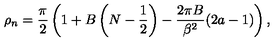
\rho _ { n } = \frac { \pi } { 2 } \left( 1 + B \left( N - \frac { 1 } { 2 } \right) - \frac { 2 \pi B } { \beta ^ { 2 } } ( 2 a - 1 ) \right) ,